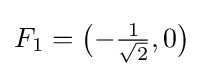
F_{1}={\bigl (}{-{\tfrac {1}{\sqrt {2}}}},0{\bigr )}